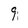
Character: 9